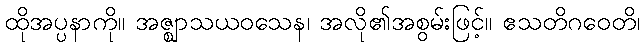
ထိုအပ္ပနာကို။ အဇ္ဈာသယဝသေန၊ အလို၏အစွမ်းဖြင့်။ ဧသတိဂဝေတိ၊